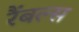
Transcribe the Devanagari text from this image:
रैंबल्स